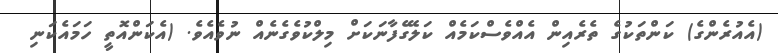
(އެއުރެންގެ) ކަންތަކުގެ ތެރެއިން އެއްވެސްކަމެއް ކަލޭގެފާނަކަށް މިލްކުވެގެނެއް ނުވެއެވެ. (އެކަންއޮތީ ހަމައެކަނި